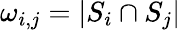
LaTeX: \omega_{i,j}=|S_{i}\cap S_{j}|